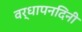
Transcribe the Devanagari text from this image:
वर्धापनदिनी